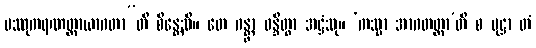
မဿုကရဏတ္ထာယာဂတာ”တိ စိန္တေသိ။ တေ ဂန္တွာ ဝန္ဒိတွာ အဋ္ဌံသု။ ‘ကသ္မာ အာဂတတ္ထာ’တိ စ ပုဋ္ဌာ တံ